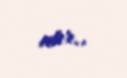
atır..